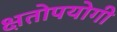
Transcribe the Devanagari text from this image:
क्षतोपयोगी